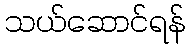
သယ်ဆောင်ရန်